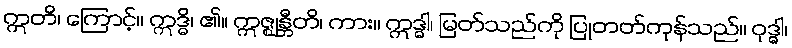
ဣတိ၊ ကြောင့်။ ဣဒ္ဓိ၊ ၏။ ဣဇ္ဈန္တီတိ၊ ကား။ ဣဒ္ဓါ၊ မြတ်သည်ကို ပြုတတ်ကုန်သည်။ ဝုဒ္ဓါ၊